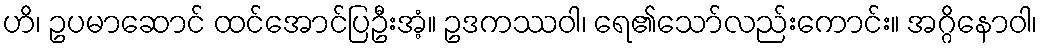
ဟိ၊ ဥပမာဆောင် ထင်အောင်ပြဦးအံ့။ ဥဒကဿဝါ၊ ရေ၏သော်လည်းကောင်း။ အဂ္ဂိနောဝါ၊